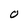
Character: O